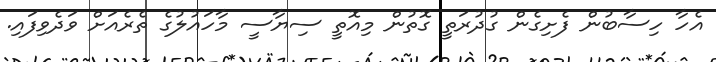
އެހާ ހިސާބުން ފެށިގެން ގުދުރަތީ ގޮތުން މިއޮތީ ސިޔާސީ މާހައުލުގެ ތެރެއަށް ވަދެވިފައި.